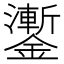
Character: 𨮜